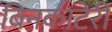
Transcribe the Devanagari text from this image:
बिनकाटेरी